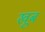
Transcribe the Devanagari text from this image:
खूब